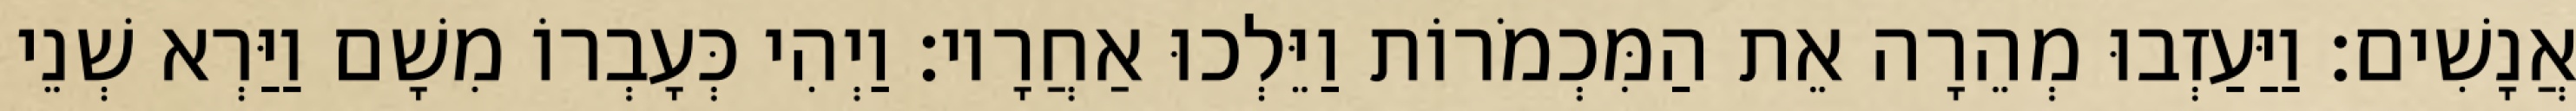
אֲנָשִׁים׃ וַיַּעַזְבוּ מְהֵרָה אֵת הַמִּכְמֹרוֹת וַיֵּלְכוּ אַחֲרָיו׃ וַיְהִי כְּעָבְרוֹ מִשָׁם וַיַּרְא שְׁנֵי